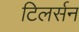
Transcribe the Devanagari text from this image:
टिलर्सन